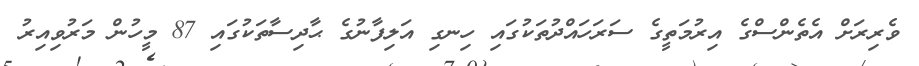
ވެރިރަށް އެތެންސްގެ އިރުމަތީގެ ސަރަހައްދުތަކުގައި ހިނގި އަލިފާނުގެ ޙާދިސާތަކުގައި 87 މީހުން މަރުވިއިރު